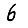
Digit: 6